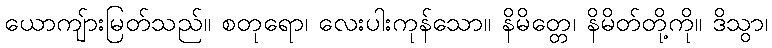
ယောကျ်ားမြတ်သည်။ စတုရော၊ လေးပါးကုန်သော။ နိမိတ္တေ၊ နိမိတ်တို့ကို။ ဒိသွာ၊